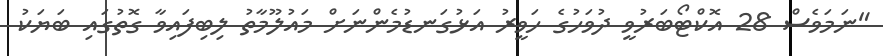
"ނަމަވެސް 28 އޮކްޓޯބަރުވީ ދުވަހުގެ ހަވީރު އަޅުގަނޑުމެންނަށް މައުލޫމާތު ލިބިފައިވާ ގޮތުގައި ބަޔަކު